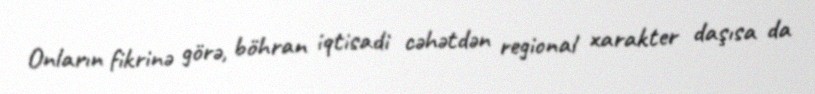
Onların fikrinə görə, böhran iqtisadi cəhətdən regional xarakter daşısa da